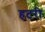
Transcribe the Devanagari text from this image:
हटरी